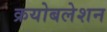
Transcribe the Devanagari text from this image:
क्रयोबलेशन